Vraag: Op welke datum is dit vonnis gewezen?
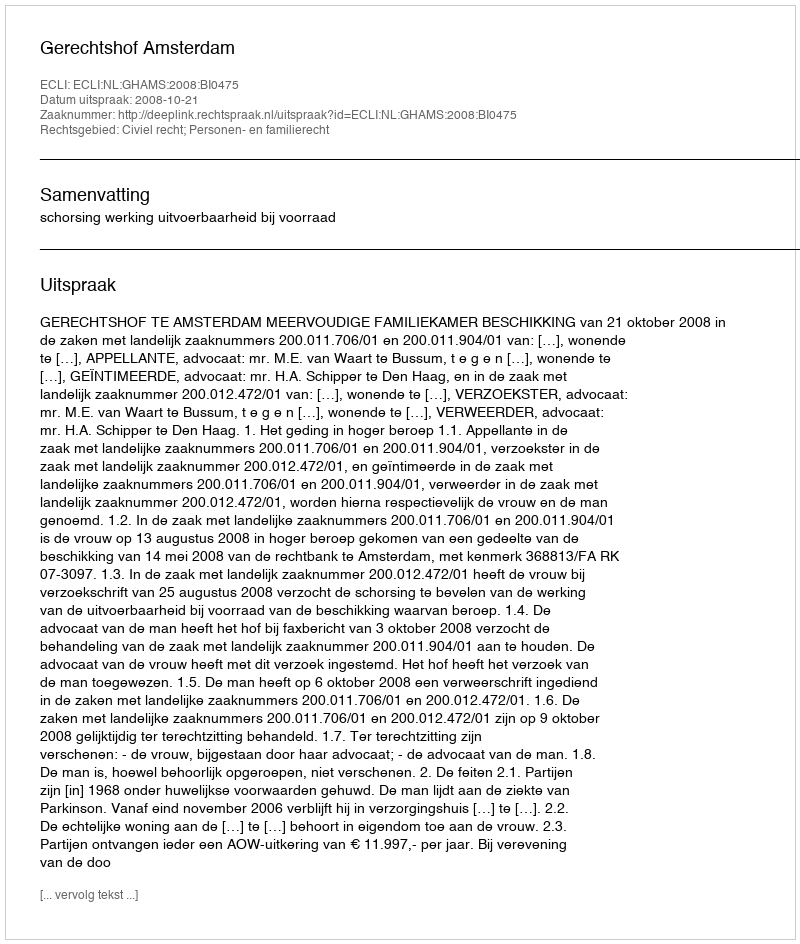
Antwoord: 2008-10-21